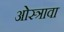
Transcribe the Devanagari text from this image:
ओस्त्रावा